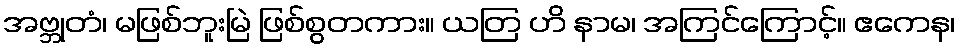
အဗ္ဘုတံ၊ မဖြစ်ဘူးမြဲ ဖြစ်စွတကား။ ယတြ ဟိ နာမ၊ အကြင်ကြောင့်။ ဧကေန၊